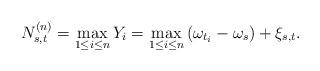
LaTeX: \begin{align*}N_{s,t}^{(n)}=\max_{1\leq i\leq n}Y_{i}=\max_{1\leq i\leq n}\left(\omega_{t_{i}}-\omega_{s}\right)+\xi_{s,t}.\end{align*}